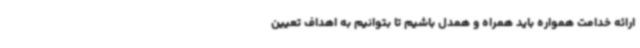
ارائه خدامت همواره باید همراه و همدل باشیم تا بتوانیم به اهداف تعیین